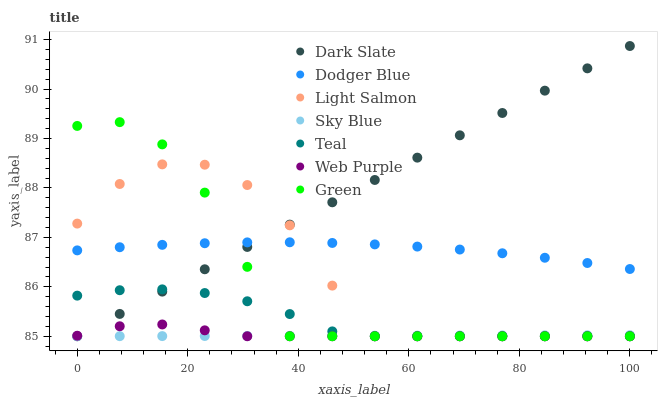
| xaxis_label | Dark Slate | Dodger Blue | Light Salmon | Sky Blue | Teal | Web Purple | Green |
 | --- | --- | --- | --- | --- | --- | --- | --- |
 | 0 | 85 | 86.7 | 87.3 | 85 | 85.8 | 85 | 89.3 |
 | 7.69 | 85.5 | 86.8 | 88.1 | 85 | 85.9 | 85.2 | 89.3 |
 | 15.4 | 85.9 | 86.8 | 88.5 | 85 | 85.9 | 85.2 | 88.9 |
 | 23.1 | 86.4 | 86.9 | 88.5 | 85 | 85.9 | 85.1 | 87.9 |
 | 30.8 | 86.8 | 86.9 | 88.1 | 85 | 85.7 | 85 | 86.4 |
 | 38.5 | 87.3 | 86.9 | 87.2 | 85 | 85.4 | 85 | 85 |
 | 46.2 | 87.7 | 86.9 | 86 | 85 | 85.1 | 85 | 85 |
 | 53.8 | 88.2 | 86.9 | 85 | 85 | 85 | 85 | 85 |
 | 61.5 | 88.6 | 86.8 | 85 | 85 | 85 | 85 | 85 |
 | 69.2 | 89.1 | 86.8 | 85 | 85 | 85 | 85 | 85 |
 | 76.9 | 89.5 | 86.7 | 85 | 85 | 85 | 85 | 85 |
 | 84.6 | 90 | 86.6 | 85 | 85 | 85 | 85 | 85 |
 | 92.3 | 90.4 | 86.5 | 85 | 85 | 85 | 85 | 85 |
 | 100 | 90.9 | 86.4 | 85 | 85 | 85 | 85 | 85 |